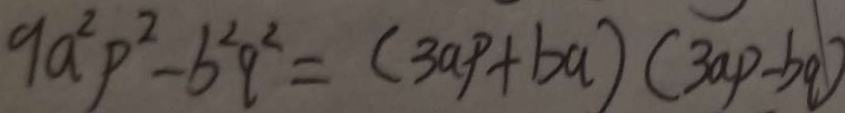
9 a ^ { 2 } p ^ { 2 } - b ^ { 2 } q ^ { 2 } = ( 3 a p + b a ) ( 3 a p - b q )